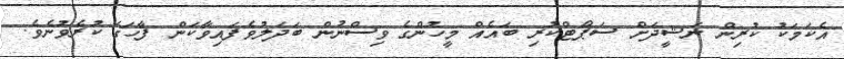
އެކަމަކު ކުރިން ނަޝީދަށް ސަޕޯޓްކުރި ބައެއް މީހުންގެ ވިސްނުން ބަދަލުވެފައިވާކަން ފާހަގަ ކުރެވުނެވެ.